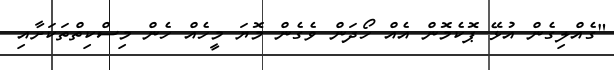
"ގެއްލިގެން އުޅޭ ޕޮކެމޮން އެއް ހޯދަން ވެގެން މޮޔަ މީހެއް ހެން މިސްކިތްތަކަށާއި